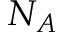
N _ { A }